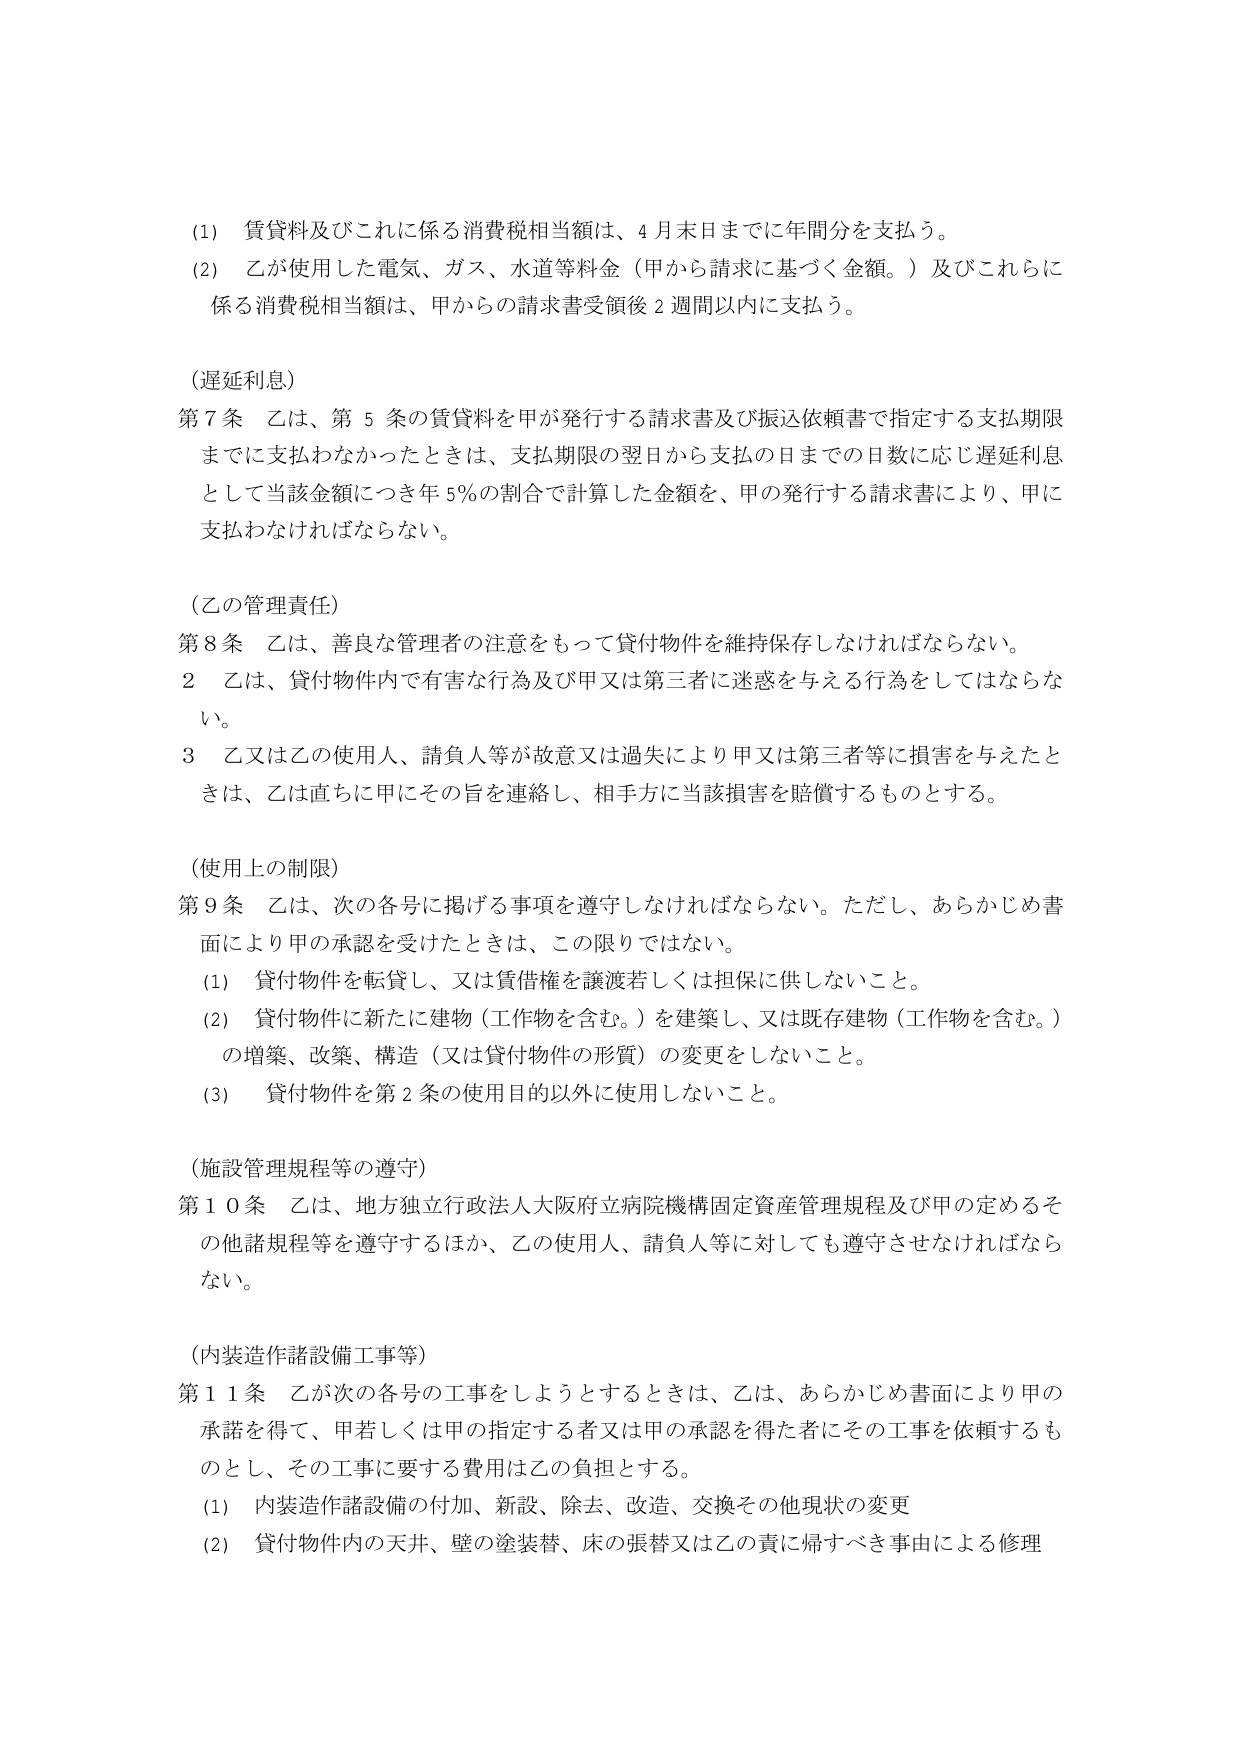
(1) 賃貸料及びこれに係る消費税相当額は、4月末日までに年間分を支払う。
(2) 乙が使用した電気、ガス、水道等料金（甲から請求に基づく金額。）及びこれらに係る消費税相当額は、甲からの請求書受領後2週間以内に支払う。

（遅延利息）
第7条 乙は、第5条の賃貸料を甲が発行する請求書及び振込依頼書で指定する支払期限までに支払わなかったときは、支払期限の翌日から支払の日までの日数に応じ遅延利息として当該金額につき年5％の割合で計算した金額を、甲の発行する請求書により、甲に支払わなければならない。

（乙の管理責任）
第8条 乙は、善良な管理者の注意をもって貸付物件を維持保存しなければならない。
2 乙は、貸付物件内で有害な行為及び甲又は第三者に迷惑を与える行為をしてはならない。
3 乙又は乙の使用人、請負人等が故意又は過失により甲又は第三者等に損害を与えたときは、乙は直ちに甲にその旨を連絡し、相手方に当該損害を賠償するものとする。

（使用上の制限）
第9条 乙は、次の各号に掲げる事項を遵守しなければならない。ただし、あらかじめ書面により甲の承認を受けたときは、この限りではない。
(1) 貸付物件を転貸し、又は賃借権を譲渡若しくは担保に供しないこと。
(2) 貸付物件に新たに建物（工作物を含む。）を建築し、又は既存建物（工作物を含む。）の増築、改築、構造（又は貸付物件の形質）の変更をしないこと。
(3) 貸付物件を第2条の使用目的以外に使用しないこと。

（施設管理規程等の遵守）
第10条 乙は、地方独立行政法人大阪府立病院機構固定資産管理規程及び甲の定めるその他諸規程等を遵守するほか、乙の使用人、請負人等に対しても遵守させなければならない。

（内装造作諸設備工事等）
第11条 乙が次の各号の工事をしようとするときは、乙は、あらかじめ書面により甲の承諾を得て、甲若しくは甲の指定する者又は甲の承認を得た者にその工事を依頼するものとし、その工事に要する費用は乙の負担とする。
(1) 内装造作諸設備の付加、新設、除去、改造、交換その他現状の変更
(2) 貸付物件内の天井、壁の塗装替、床の張替又は乙の責に帰すべき事由による修理